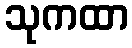
သုကထာ